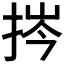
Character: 𢭞